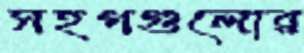
সহগগুলোর